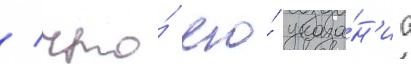
/ что́ его́ указа́н'иа